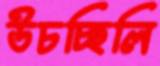
উচচ্ছিলি